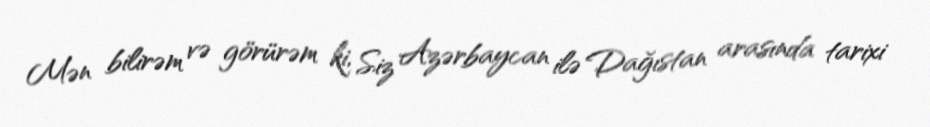
Mən bilirəm və görürəm ki, Siz Azərbaycan ilə Dağıstan arasında tarixi